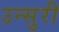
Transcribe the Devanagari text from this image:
उन्सुरी